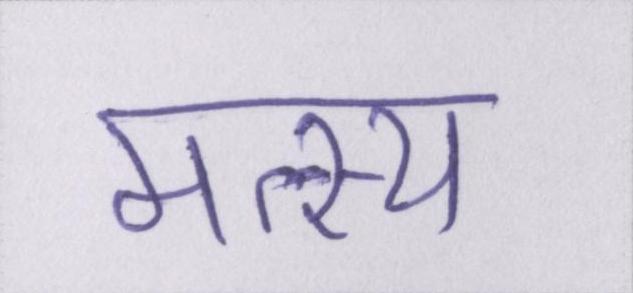
मत्स्य